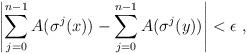
LaTeX: \begin{align*}\left| \sum_{j=0}^{n-1} A(\sigma^j(x)) - \sum_{j=0}^{n-1} A(\sigma^j(y)) \right| < \epsilon \ ,\end{align*}